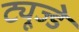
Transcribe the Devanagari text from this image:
ट्यूज्डे